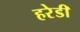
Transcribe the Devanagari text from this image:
हरेडी